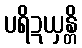
ပရိဍယှန္တိ